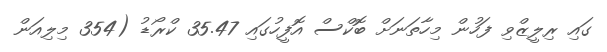
ގައި ރިލީޒްވި ފަހުން މިހާތަނަށް ބޮކްސް އޮފީހުގައި 35.47 ކްރޯޑު (354 މިލިއަން